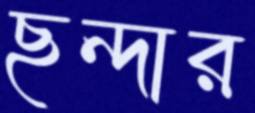
ছন্দার